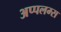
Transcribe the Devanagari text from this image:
अप्पलम्स